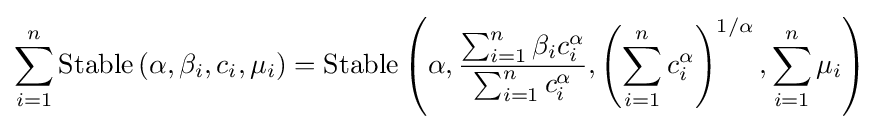
\sum _{i=1}^{n}\operatorname {Stable} \left(\alpha ,\beta _{i},c_{i},\mu _{i}\right)=\operatorname {Stable} \left(\alpha ,{\frac {\sum _{i=1}^{n}\beta _{i}c_{i}^{\alpha }}{\sum _{i=1}^{n}c_{i}^{\alpha }}},\left(\sum _{i=1}^{n}c_{i}^{\alpha }\right)^{1/\alpha },\sum _{i=1}^{n}\mu _{i}\right)